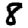
Digit: 8